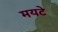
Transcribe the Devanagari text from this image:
मयटे